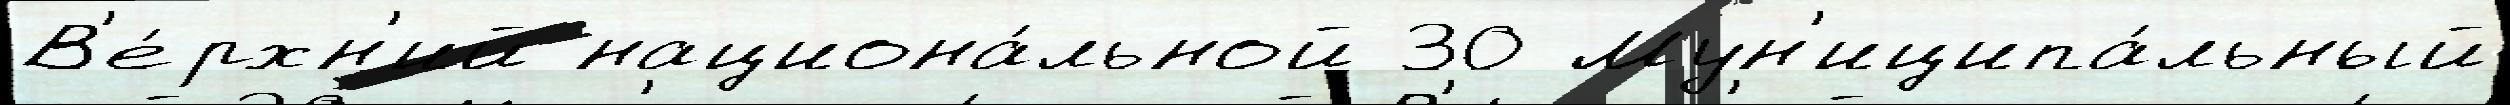
В'е́рхн'ий национа́льной 30 Мун'иципа́льный